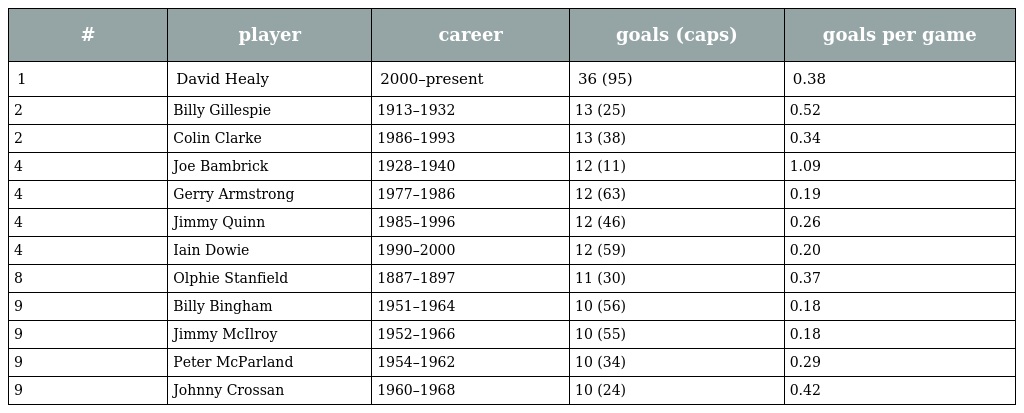
| # | player | career | goals (caps) | goals per game |
 | --- | --- | --- | --- | --- |
 | 1 | David Healy | 2000–present | 36 (95) | 0.38 |
 | 2 | Billy Gillespie | 1913–1932 | 13 (25) | 0.52 |
 | 2 | Colin Clarke | 1986–1993 | 13 (38) | 0.34 |
 | 4 | Joe Bambrick | 1928–1940 | 12 (11) | 1.09 |
 | 4 | Gerry Armstrong | 1977–1986 | 12 (63) | 0.19 |
 | 4 | Jimmy Quinn | 1985–1996 | 12 (46) | 0.26 |
 | 4 | Iain Dowie | 1990–2000 | 12 (59) | 0.20 |
 | 8 | Olphie Stanfield | 1887–1897 | 11 (30) | 0.37 |
 | 9 | Billy Bingham | 1951–1964 | 10 (56) | 0.18 |
 | 9 | Jimmy McIlroy | 1952–1966 | 10 (55) | 0.18 |
 | 9 | Peter McParland | 1954–1962 | 10 (34) | 0.29 |
 | 9 | Johnny Crossan | 1960–1968 | 10 (24) | 0.42 |